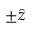
\pm \hat { z }